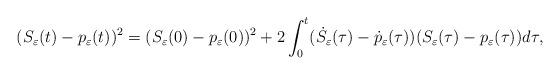
LaTeX: \begin{align*}(S_\varepsilon(t)-p_{\varepsilon}(t))^2 &= (S_\varepsilon(0)-p_{\varepsilon}(0))^2 + 2\int_0^t (\dot{S_\varepsilon}(\tau) - \dot{p}_{\varepsilon}(\tau)) (S_\varepsilon(\tau)-p_{\varepsilon}(\tau)) d\tau,\end{align*}